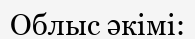
Облыс әкімі: